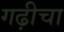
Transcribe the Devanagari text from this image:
गढ़ीचा